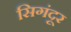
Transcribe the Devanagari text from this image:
सिगंदूर